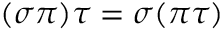
( \sigma \pi ) \tau = \sigma ( \pi \tau )